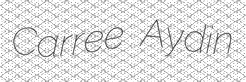
Carree Aydin